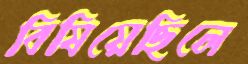
বিষিয়েছিলে